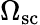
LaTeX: \Omega_{\mathrm{sc}}